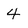
Character: 4